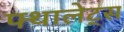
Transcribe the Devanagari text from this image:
फ्थालेट्स